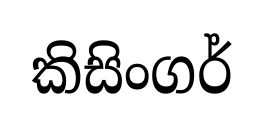
කිසිංගර්